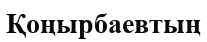
Қоңырбаевтың